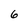
Character: 6